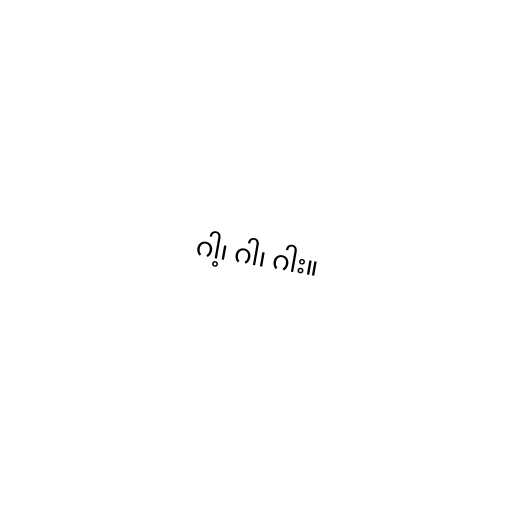
ဂါ့၊ ဂါ၊ ဂါး။